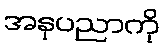
အနုပညာကို